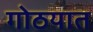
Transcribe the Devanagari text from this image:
गोठयात